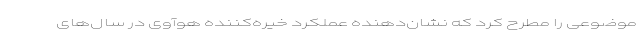
موضوعی را مطرح کرد که نشان‌دهنده عملکرد خیره‌کننده هوآوی در سال‌های